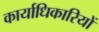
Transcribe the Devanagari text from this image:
कार्याधिकारियों